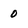
Character: 0